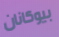
بيوكانان